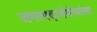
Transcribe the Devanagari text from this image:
जगत्पदार्थमीमांसा